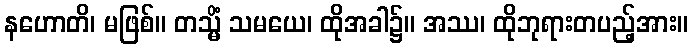
နဟောတိ၊ မဖြစ်။ တသ္မိံ သမယေ၊ ထိုအခါ၌။ အဿ၊ ထိုဘုရားတပည့်အား။